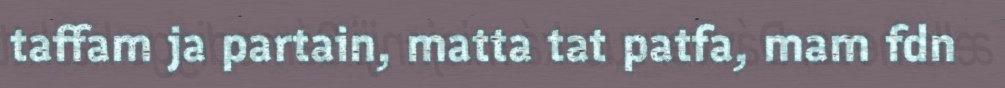
taffam ja partain, matta tat patfa, mam fdn